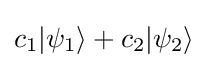
c_{1}|\psi _{1}\rangle +c_{2}|\psi _{2}\rangle